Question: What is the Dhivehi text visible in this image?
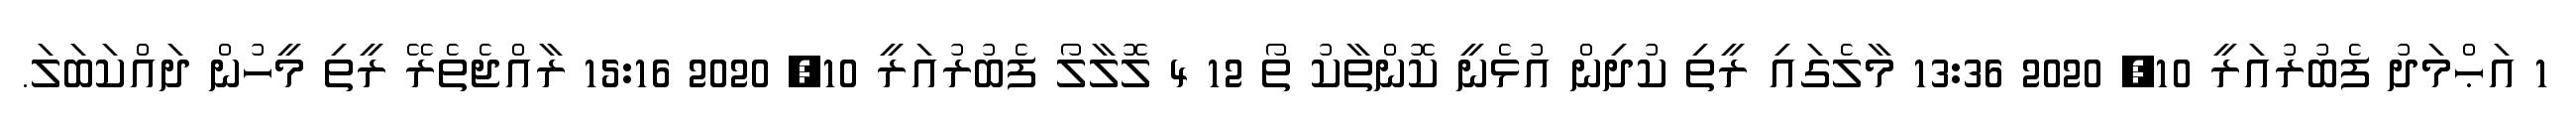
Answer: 1 އަޙްމަދު ފެބުރުއަރީ 10, 2020 13:36 މާލެގައި ރީތި ކުދިން އުޅެނީ ކޮންތާކު ތޯ 12 4 ލޮލާލޯ ފެބުރުއަރީ 10, 2020 15:16 ރާއްޖެތެރޭ ރީތި މީހުން ދައްކަބަލަ.